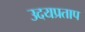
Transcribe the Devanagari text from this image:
उदयप्रताप